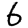
Digit: 6